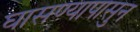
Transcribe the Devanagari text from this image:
घासण्यापासुन